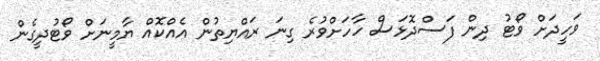
ވަހީދަށް ވޯޓު ދިން ފަސްދޮޅަސް ހާހަށްވުރެ ގިނަ ރައްޔިތުން އެއްކޮއް ޔާމީނަށް ވޯޓުދީގެން